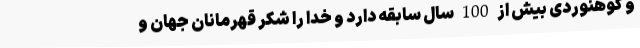
و کوهنوردی بیش از 100 سال سابقه دارد و خدا را شکر قهرمانان جهان و